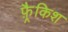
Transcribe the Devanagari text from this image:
फ़्रैकिश